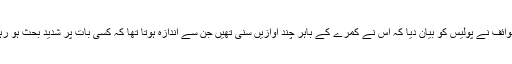
ایک طوائف نے پولیس کو بیان دیا کہ اس نے کمرے کے باہر چند آوازیں سنی تھیں جن سے اندازہ ہوتا تھا کہ کسی بات پر شدید بحث ہو رہی ہے۔